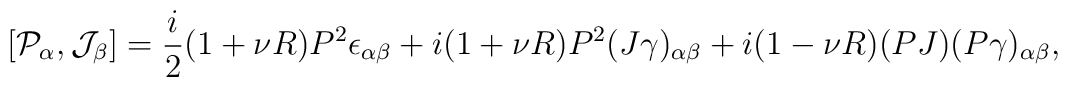
[{\cal P}_\alpha,{\cal J}_\beta]=\frac{i}{2}(1+\nu R)P^2\epsilon_{\alpha\beta}+i(1+\nu R)P^2(J\gamma)_{\alpha\beta}+i(1-\nu R)(PJ)(P\gamma)_{\alpha\beta},